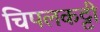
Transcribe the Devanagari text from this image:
चिपलकट्टी